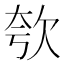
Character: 㰭